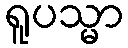
ရူပသ္မာ